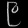
Digit: ၉